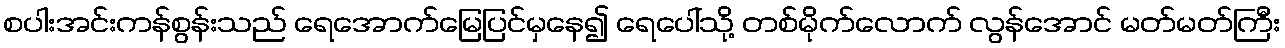
စပါးအင်းကန်စွန်းသည် ရေအောက်မြေပြင်မှနေ၍ ရေပေါ်သို့ တစ်မိုက်လောက် လွန်အောင် မတ်မတ်ကြီး